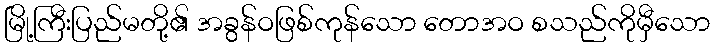
မြို့ကြီးပြည်မတို့၏ အခွန်ဝဖြစ်ကုန်သော တောအဝ စသည်ကိုမှီသော